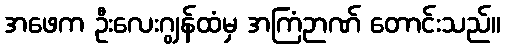
အဖေက ဦးလေးဂျွန်ထံမှ အကြံဉာဏ် တောင်းသည်။